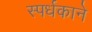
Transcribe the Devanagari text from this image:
स्पर्धकाने